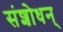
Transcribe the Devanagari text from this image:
संशोधन्